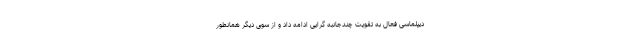
دیپلماسی فعال به تقویت چندجانبه گرایی ادامه داد و از سوی دیگر همانطور